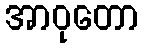
အာဝုတော